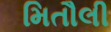
મિતૌલી